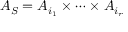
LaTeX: A _ { S } = A _ { i _ { 1 } } \times \cdots \times A _ { i _ { r } }